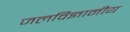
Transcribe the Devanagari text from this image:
जलविज्ञानीय